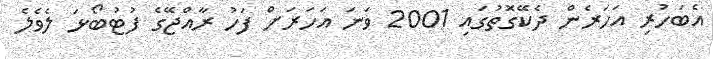
އެބަހުރި އަހަރެން ދެކޭގޮތުގައި 2001 ވަނަ އަހަރަށް ފަހު ރާއްޖޭގެ ފުޓުބޯޅަ ލެވެލެ